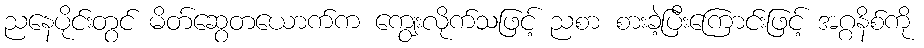
ညနေပိုင်းတွင် မိတ်ဆွေတယောက်က ကျွေးလိုက်သဖြင့် ညစာ စားခဲ့ပြီးကြောင်းဖြင့် အဂ္ဂနိစ်ကို